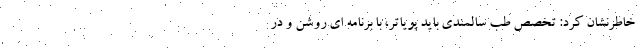
خاطرنشان کرد: تخصص طب سالمندی باید پویاتر، با برنامه ای روشن و در